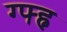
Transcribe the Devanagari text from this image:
ग्फ्ह्